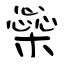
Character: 橤